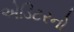
એડિટરનો